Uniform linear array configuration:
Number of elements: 12
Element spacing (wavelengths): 1
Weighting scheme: uniform
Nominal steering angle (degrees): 45
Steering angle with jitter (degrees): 46.848
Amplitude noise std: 0.05
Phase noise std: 0.05

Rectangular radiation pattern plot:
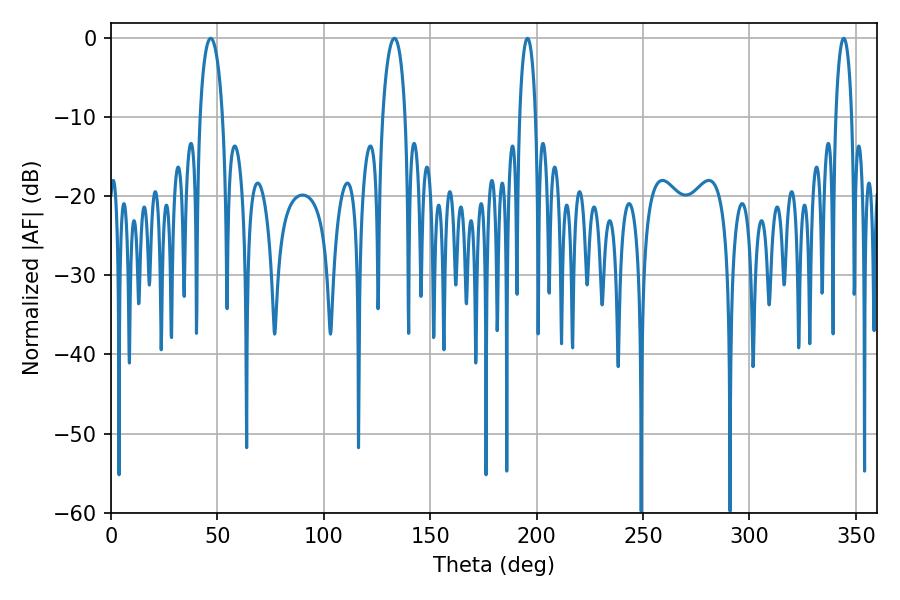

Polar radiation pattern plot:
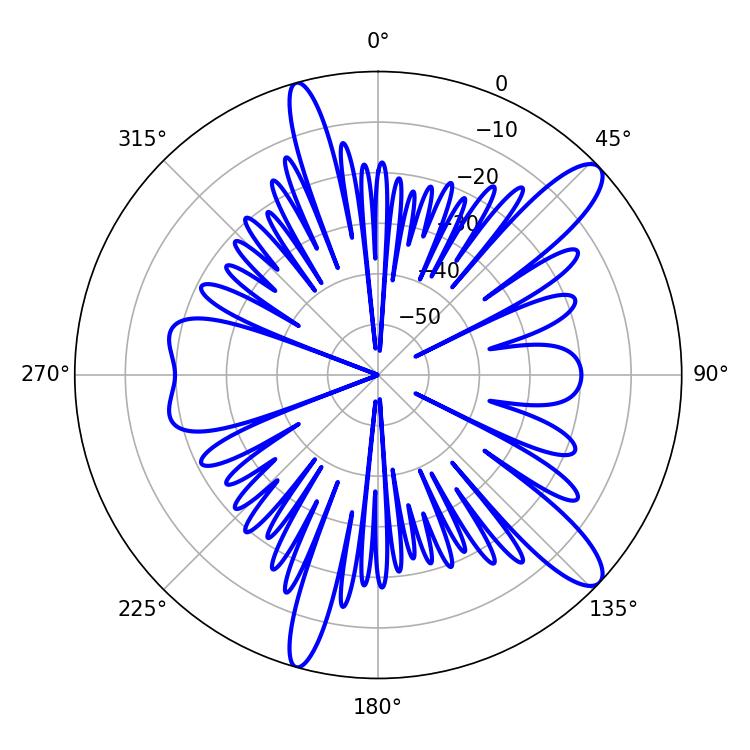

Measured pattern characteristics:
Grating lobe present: TRUE
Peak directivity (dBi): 12.146
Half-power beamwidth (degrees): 6.12
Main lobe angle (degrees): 46.8